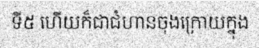
ទី៥ ហើយក៏ជាជំហានចុងក្រោយក្នុង